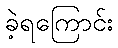
ခဲ့ရကြောင်း